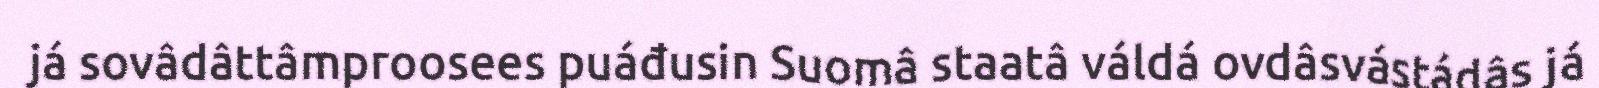
já sovâdâttâmproosees puáđusin Suomâ staatâ váldá ovdâsvástádâs já